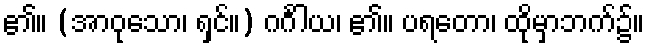
၏။ (အာဝုသော၊ ရှင်။) ဂင်္ဂါယ၊ ၏။ ပရတော၊ ထိုမှာဘက်၌။